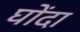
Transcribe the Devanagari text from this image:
घोंदा